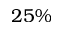
2 5 \%